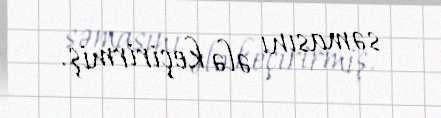
səmasını ələ keçirirmiş.